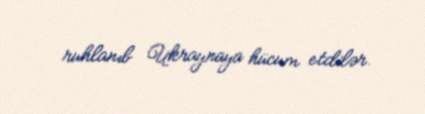
ruhlanıb Ukraynaya hücum etdilər.